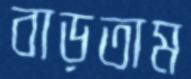
বাড়তাম